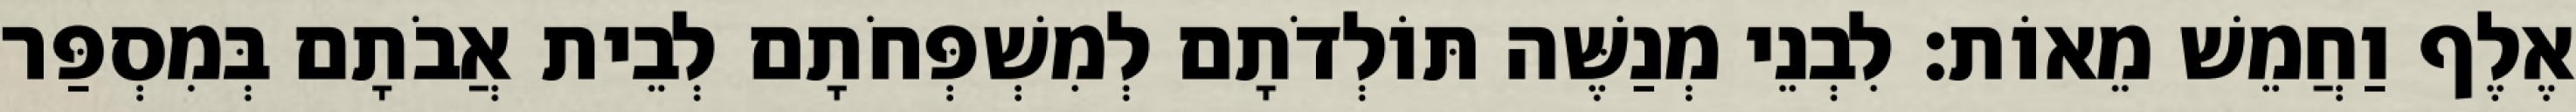
אֶלֶף וַחֲמֵשׁ מֵאוֹת׃ לִבְנֵי מְנַשֶּׁה תּוֹלְדֹתָם לְמִשְׁפְּחֹתָם לְבֵית אֲבֹתָם בְּמִסְפַּר